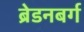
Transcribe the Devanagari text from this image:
ब्रेडनबर्ग